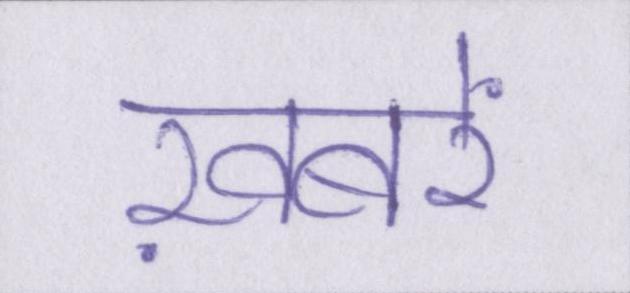
ख़बरें